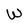
Character: W